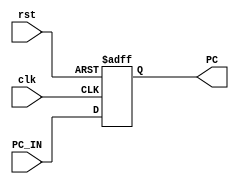
module MIPS_PC (
    input wire [31:0] PC_IN,
    input wire clk,rst,
    output reg [31:0] PC
);
    
    always @(posedge clk or negedge rst) begin
        if(!rst)
        begin
            PC <= 'b0;
        end
        else
        begin
            PC <= PC_IN;
        end
    end
    
endmodule